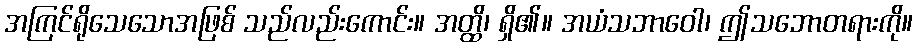
အကြင်ရိုသေသောအဖြစ် သည်လည်းကောင်း။ အတ္ထိ၊ ရှိ၏။ အယံသဘာဝေါ၊ ဤသဘောတရားကို။